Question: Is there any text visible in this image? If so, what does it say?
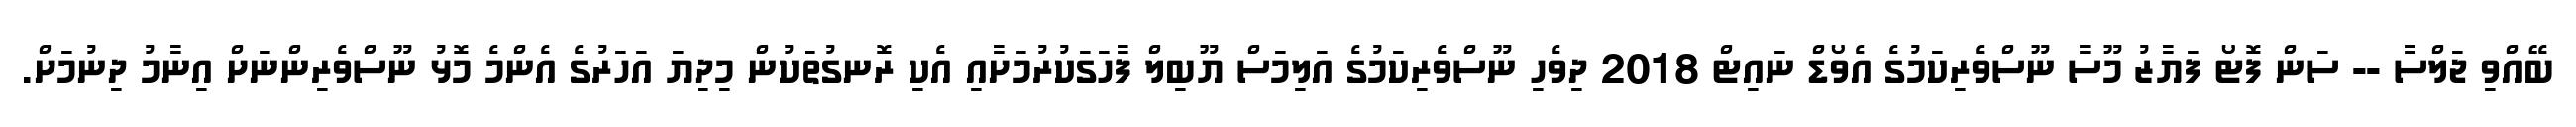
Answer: ބޭއްވި ޖަލްސާ -- ސަން ފޮޓޯ ފަޔާޒު މޫސާ ނޫސްވެރިކަމުގެ އެވޯޑް ނައިޓް 2018 ދިވެހި ނޫސްވެރިކަމުގެ އަލިމަސް ޔޫބިލް ފާހަގަކުރުމަށާއި އެކި ރޮނގުތަކުން މިދިޔަ އަހަރުގެ އެންމެ މޮޅު ނޫސްވެރިންނަށް އިނާމު ދިނުމަށް.